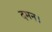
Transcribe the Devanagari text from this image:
दमन।